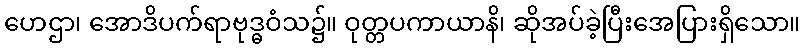
ဟေဌာ၊ အောဒိပက်ရာဗုဒ္ဓဝံသ၌။ ဝုတ္တပကာယာနိ၊ ဆိုအပ်ခဲ့ပြီးအေပြားရှိသော။